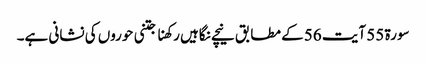
سورۃ 55 آیت 56 کے مطابق نیچے نگاہیں رکھنا جتنی حوروں کی نشانی ہے۔